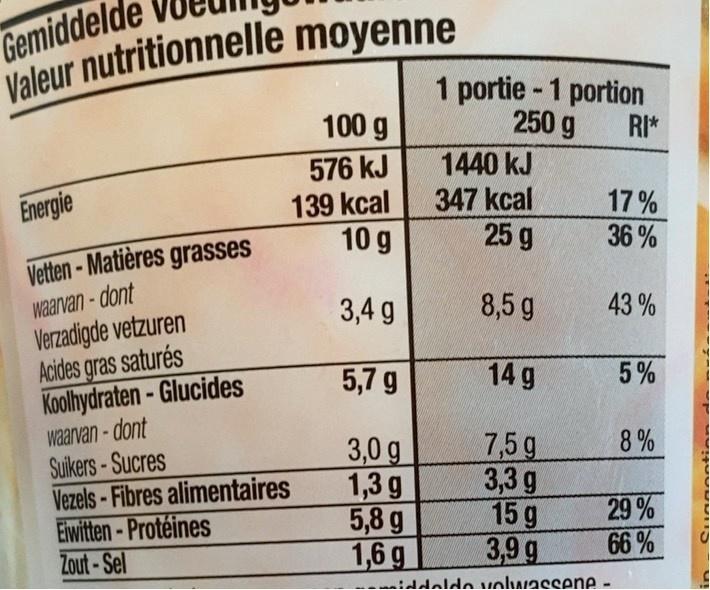
Gemiddelde Valeur nutritionnelle moyenne
1 portie-1 portion 250 g
100 g
RI*
576 kJ 139 kcal 10 g
1440 kJ
Energie
347 kcal 25 g
17% 36 %
Vetten- Matières grasses
waarvan-dont Verzadigde vetzuren Acides gras saturés Koolhydraten - Glucides waarvan-dont Suikers-Sucres Vezels-Fibres alimentaires Eiwitten-Protéines Zout-Sel
3,4 g
8,5 g
43 %
5,7 g
14 g
5%
3,0 g 1,3 g 5,8 g 1,6 g
7,5 g 3,3 g 15 g 3,9 g
8 %
29 % 66 %
ddaldo volwassene-